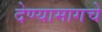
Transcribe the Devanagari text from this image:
देण्यामागचे